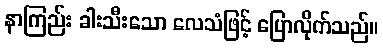
နာကြည်း ခါးသီးသော လေသံဖြင့် ပြောလိုက်သည်။